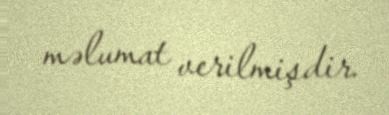
məlumat verilmişdir.